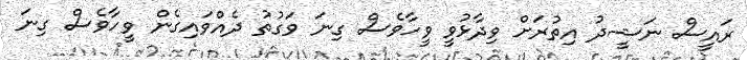
ރައީސް ނަޝީދު އިތުރަށް ވިދާޅުވީ ވީހާވެސް ގިނަ ވަގުތު ދެއްވައިގެން ވީހާވެސް ގިނަ